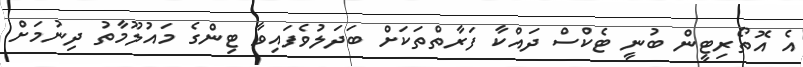
އެ އޮތޯރިޓީން ބުނީ ޓެކްސް ދައްކާ ފަރާތްތަކަށް ބަދަލުވެފައިވާ ޓިންގެ މައުލޫމާތު ދިނުމަށް